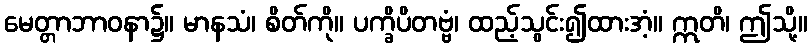
မေတ္တာဘာဝနာ၌။ မာနသံ၊ စိတ်ကို။ ပက္ခိပိတဗ္ဗံ၊ ထည့်သွင်း၍ထားအံ့။ ဣတိ၊ ဤသို့။